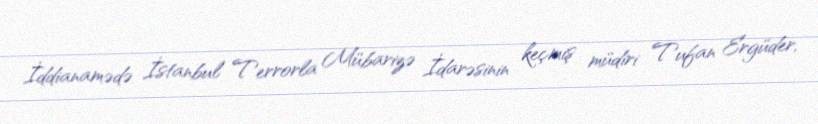
İddianamədə İstanbul Terrorla Mübarizə İdarəsinin keçmiş müdiri Tufan Ergüder,